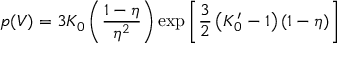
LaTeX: p ( V ) = 3 K _ { 0 } \left( { \frac { 1 - \eta } { \eta ^ { 2 } } } \right) \exp \left[ { \frac { 3 } { 2 } } \left( K _ { 0 } ^ { \prime } - 1 \right) ( 1 - \eta ) \right]